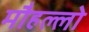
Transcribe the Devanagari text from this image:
मौहल्लो